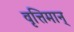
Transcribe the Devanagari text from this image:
वृत्तिमान्‌